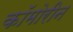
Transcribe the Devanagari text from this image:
कॉमोरीन